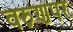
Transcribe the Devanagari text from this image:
वरुणपर